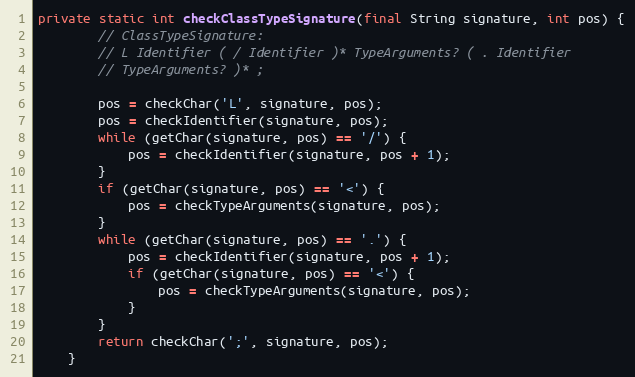
Language: Java
private static int checkClassTypeSignature(final String signature, int pos) {
        // ClassTypeSignature:
        // L Identifier ( / Identifier )* TypeArguments? ( . Identifier
        // TypeArguments? )* ;

        pos = checkChar('L', signature, pos);
        pos = checkIdentifier(signature, pos);
        while (getChar(signature, pos) == '/') {
            pos = checkIdentifier(signature, pos + 1);
        }
        if (getChar(signature, pos) == '<') {
            pos = checkTypeArguments(signature, pos);
        }
        while (getChar(signature, pos) == '.') {
            pos = checkIdentifier(signature, pos + 1);
            if (getChar(signature, pos) == '<') {
                pos = checkTypeArguments(signature, pos);
            }
        }
        return checkChar(';', signature, pos);
    }